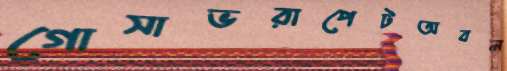
গোসাভরাপেটঅবল